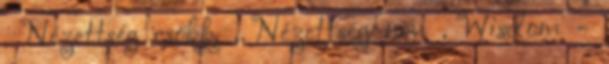
, Nézettség csökk. , Nézettség növ. , Wisdom -